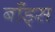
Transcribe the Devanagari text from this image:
बॉंड्स